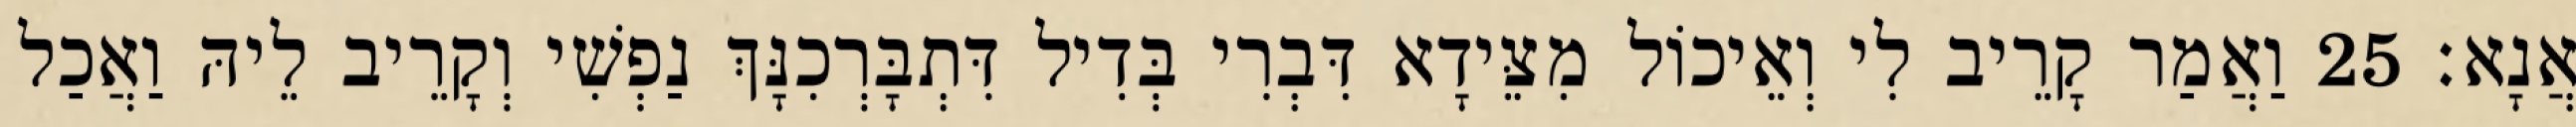
אֲנָא׃ 25 וַאֲמַר קָרֵיב לִי וְאֵיכוֹל מִצֵּידָא דִּבְרִי בְּדִיל דִּתְבָּרְכִנָּךְ נַפְשִׁי וְקָרֵיב לֵיהּ וַאֲכַל